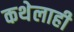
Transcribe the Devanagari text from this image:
कथेलाही